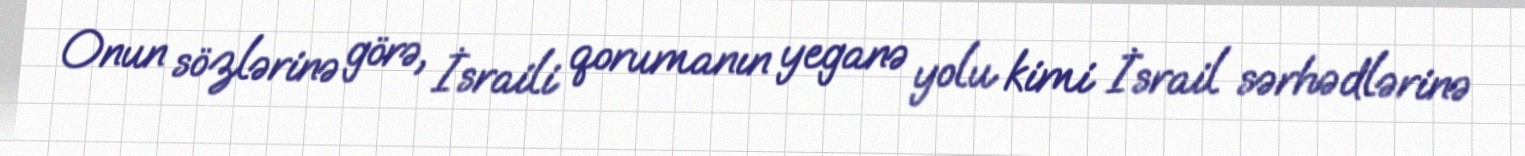
Onun sözlərinə görə, İsraili qorumanın yeganə yolu kimi İsrail sərhədlərinə